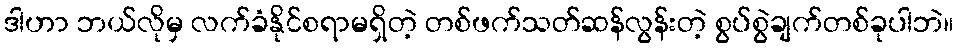
ဒါဟာ ဘယ်လိုမှ လက်ခံနိုင်စရာမရှိတဲ့ တစ်ဖက်သတ်ဆန်လွန်းတဲ့ စွပ်စွဲချက်တစ်ခုပါဘဲ။